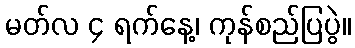
မတ်လ ၄ ရက်နေ့၊ ကုန်စည်ပြပွဲ။